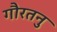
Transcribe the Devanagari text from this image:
गौरतनु